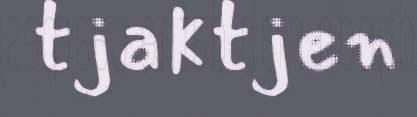
tjaktjen